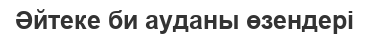
Әйтеке би ауданы өзендері